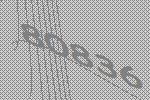
80836